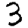
Digit: 3